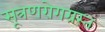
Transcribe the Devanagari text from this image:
सूत्रणरोगग्रस्त